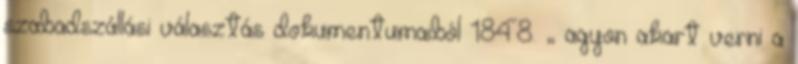
szabadszállási választás dokumentumaiból 1848. „ agyon akart verni a